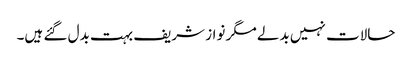
حالات نہیں بدلے مگر نواز شریف بہت بدل گئے ہیں۔